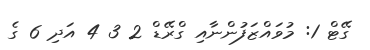
ގޭޓް 1: މުވައްޒަފުންނާއި ގްރޭޑް 2 3 4 އަދި 6 ގެ